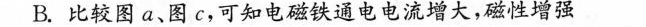
B.比较图a、图c，可知电磁铁通电电流增大，磁性增强